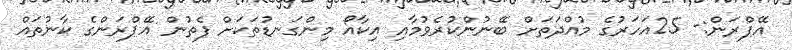
އޭޕްރަން:- 25އަހަރުގެ މުއްދަތަށް ބޭނުންކުރެވުމާއި އިކާއޯ މިންގަނޑުތަކަށް ފެތުން އޭޕްރަންގެ ކާނުތައް